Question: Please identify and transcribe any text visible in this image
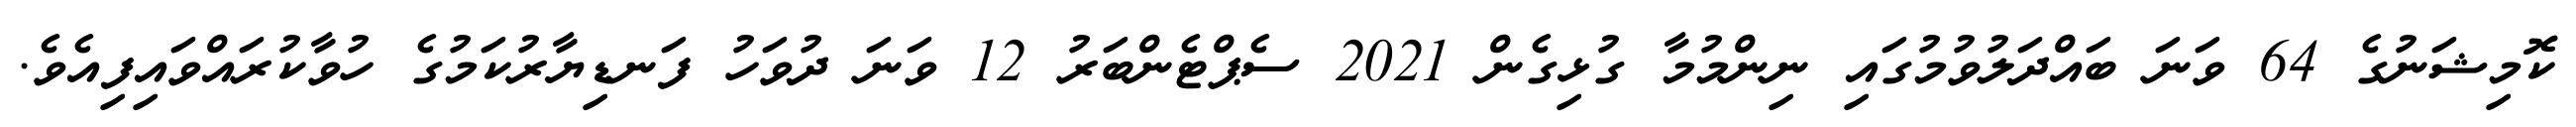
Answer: ކޮމިޝަނުގެ 64 ވަނަ ބައްދަލުވުމުގައި ނިންމުމާ ގުޅިގެން 2021 ސެޕްޓެންބަރު 12 ވަނަ ދުވަހު ފަނޑިޔާރުކަމުގެ ހުވާކުރައްވައިފިއެވެ.